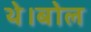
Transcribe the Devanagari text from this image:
थे।बोल